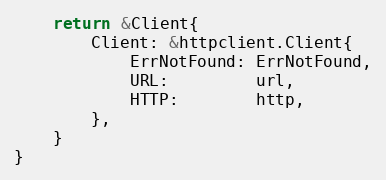
Language: Go
	return &Client{
		Client: &httpclient.Client{
			ErrNotFound: ErrNotFound,
			URL:         url,
			HTTP:        http,
		},
	}
}